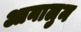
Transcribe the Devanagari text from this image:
आनालुम